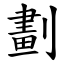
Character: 劃